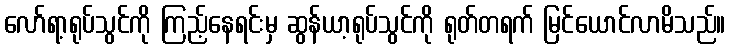
လော်ရာ့ရုပ်သွင်ကို ကြည့်နေရင်းမှ ဆွန်ယာ့ရုပ်သွင်ကို ရုတ်တရက် မြင်ယောင်လာမိသည်။